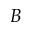
B